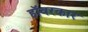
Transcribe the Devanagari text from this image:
हॉवरकार